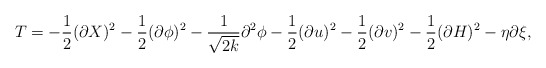
\begin{align*}T = -\frac{1}{2}(\partial X)^2-\frac{1}{2}(\partial \phi)^2 -\frac{1}{\sqrt{2k}}\partial^2\phi-\frac{1}{2}(\partial u)^2 -\frac{1}{2}(\partial v)^2-\frac{1}{2}(\partial H)^2 -\eta\partial \xi, \end{align*}